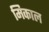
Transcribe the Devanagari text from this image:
मिकाल